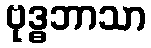
ဗုဒ္ဓဘာသာ